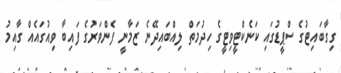
ގިގާބައިޓުގެ ސްޕީޑުގައި ކަނެކްޓީވިޓީގެ ހިދުމަތް ލިއްބައިދޭނެ ޒަމާނީ ފެންވަރުގެ ފައިބާ ވިއުގައެއް ގާއިމު